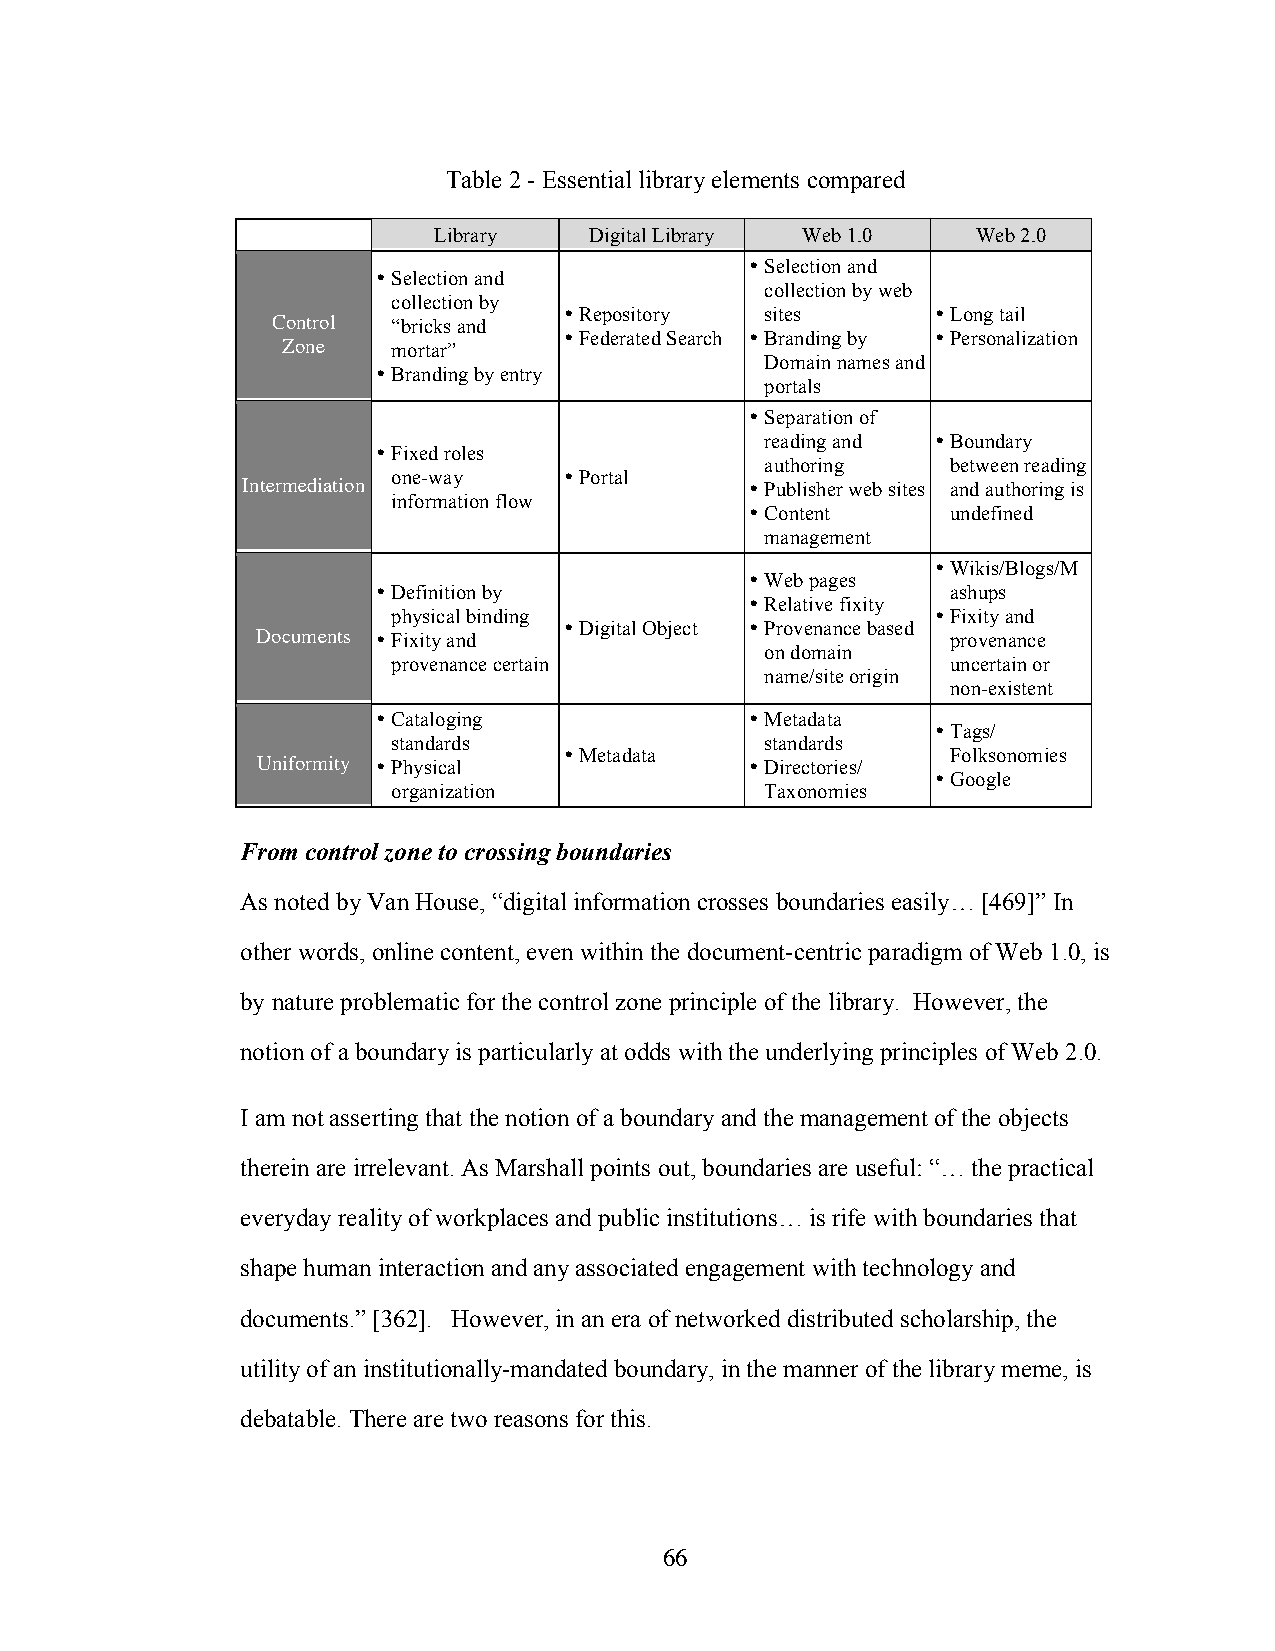
Table 2 - Essential library elements compared
 Library   Digital Library Web 1.0   Web 2.0
 • Selection and
 • Selection and
 collection by web
 collection by
 • Repository  sites      • Long tail
 Control “bricks and
 • Federated Search • Branding by • Personalization
 Zone   mortar”
 Domain names and
 • Branding by entry
 portals
 • Separation of
 reading and • Boundary
 • Fixed roles
 authoring   between reading
 one-way    • Portal
 Intermediation                    • Publisher web sites and authoring is
 information flow
 • Content    undefined
 management
 • Wikis/Blogs/M
 • Web pages
 • Definition by                       ashups
 • Relative fixity
 physical binding                    • Fixity and
 • Digital Object • Provenance based
 Documents • Fixity and                        provenance
 on domain
 provenance certain                   uncertain or
 name/site origin
 non-existent
 • Cataloging             • Metadata
 • Tags/
 standards                standards
 • Metadata                Folksonomies
 Uniformity • Physical            • Directories/
 • Google
 organization             Taxonomies
 From control zone to crossing boundaries
 As noted by Van House, “digital information crosses boundaries easily… [469]” In
 other words, online content, even within the document-centric paradigm of Web 1.0, is
 by nature problematic for the control zone principle of the library. However, the
 notion of a boundary is particularly at odds with the underlying principles of Web 2.0.
 I am not asserting that the notion of a boundary and the management of the objects
 therein are irrelevant. As Marshall points out, boundaries are useful: “… the practical
 everyday reality of workplaces and public institutions… is rife with boundaries that
 shape human interaction and any associated engagement with technology and
 documents.” [362]. However, in an era of networked distributed scholarship, the
 utility of an institutionally-mandated boundary, in the manner of the library meme, is
 debatable. There are two reasons for this.
 66